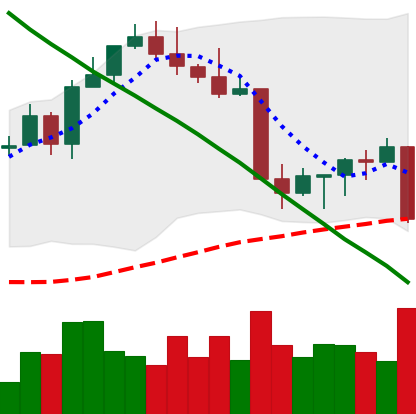
Ticker: ETH-USD
Chart end date: 2022-08-26
Forward return: 3.044%
Label: up_3_5